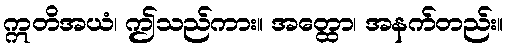
ဣတိအယံ၊ ဤသည်ကား။ အတ္ထော၊ အနက်တည်း။